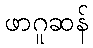
ဖာဂူဆန်